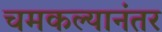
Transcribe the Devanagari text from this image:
चमकल्यानंतर